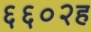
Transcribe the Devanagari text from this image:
६६०२ह